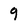
Character: 9